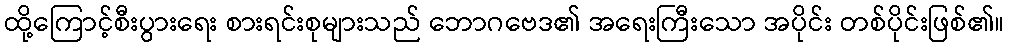
ထို့ကြောင့်စီးပွားရေး စားရင်းစုများသည် ဘောဂဗေဒ၏ အရေးကြီးသော အပိုင်း တစ်ပိုင်းဖြစ်၏။